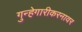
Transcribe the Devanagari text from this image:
गुन्हेगारीकरनावर